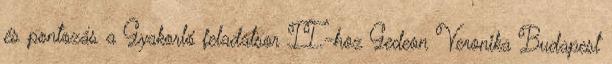
és pontozás a Gyakorló feladatsor II.-hoz Gedeon Veronika Budapest